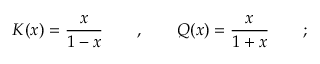
K ( x ) = \frac { x } { 1 - x } \qquad , \qquad Q ( x ) = \frac { x } { 1 + x } \qquad ;